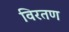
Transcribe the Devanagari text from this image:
विरतण